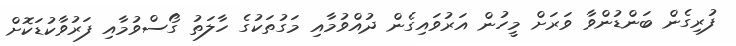
ފުރިގެން ބަންޑުންވާ ވަރަށް މީހުން އަރުވައިގެން ދުއްވުމާއި މަގުތަކުގެ ހާލަތު ގޯސްވުމާއި ފަރުވާކުޑަކޮށް